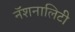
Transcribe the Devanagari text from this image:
नॅशनालिटी